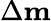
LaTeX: \Delta\mathbf{m}